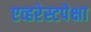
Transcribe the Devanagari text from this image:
एव्हरेस्टपेक्षा